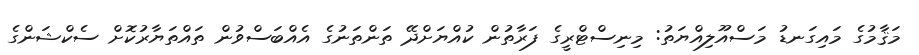
މަޤާމުގެ މައިގަނޑު މަސްއޫލިއްޔަތު: މިނިސްޓްރީގެ ފަރާތުން ކުއްޔަށްދޭ ތަންތަނުގެ އެއްބަސްވުން ތައްތަޔާރުކޮށް ސެކްޝަންގެ